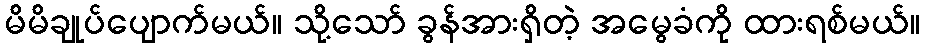
မိမိချုပ်ပျောက်မယ်။ သို့သော် ခွန်အားရှိတဲ့ အမွေခံကို ထားရစ်မယ်။